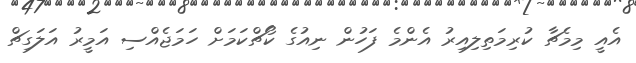
އެއީ މިމެޗާ ކުރިމަތިލިއިރު އެންމެ ފަހުން ނިއުގެ ކޯޗްކަމަށް ހަމަޖެއްސި އަމީރު އަލަގިޗް